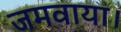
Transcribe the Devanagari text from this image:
जमवाया।